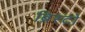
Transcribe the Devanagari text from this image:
ब्रिस्टो